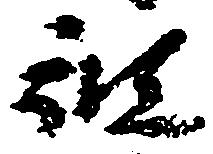
被